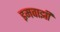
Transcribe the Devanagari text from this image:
इमवाझी